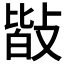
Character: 𢾆